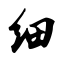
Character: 细